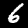
Digit: 6